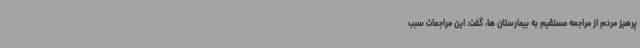
پرهیز مردم از مراجعه مستقیم به بیمارستان ها، گفت: این مراجعات سبب